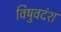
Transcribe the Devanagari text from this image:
विषुवदंश